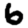
Digit: 6